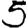
Digit: 5